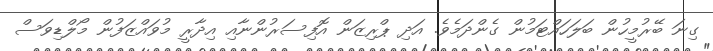
ގިނަ ބޭރުމީހުން ބަލަހައްޓަމުން ގެންދަމެވެ. އަދި ޕްރިޒަން އޮފިސަރުންނާއި އިދާރީ މުވައްޒަފުން މޯލްޑިވަސް